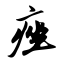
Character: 痤